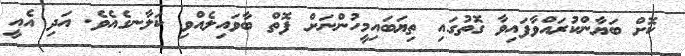
ކޮށް ބަޔާންކުރައްވާފައިވާ ގޮތުގައި ތިޔަބައިމީހުންނަށް ފޮތް ބާވައިލެއްވި ކަލާނގެއެވެ. އަދި އެއީ